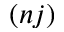
( n j )